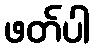
ဖတ်ပါ